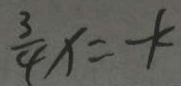
\frac { 3 } { 4 } x = - k